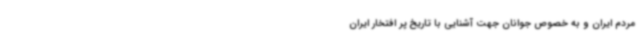
مردم ایران و به‌ خصوص جوانان جهت آشنایی با تاریخ پر افتخار ایران